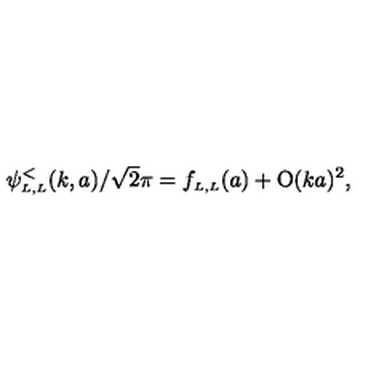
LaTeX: \psi _ { \scriptscriptstyle { L , L } } ^ { < } ( k , a ) / \sqrt 2 \pi = f _ { \scriptscriptstyle { L , L } } ( a ) + \mathrm { O } ( k a ) ^ { 2 } ,